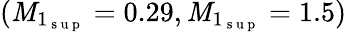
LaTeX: (\mathit{M}_{1_{\mathrm{{~s~u~p~}}}}=0.29,\mathit{M}_{1_{\mathrm{{~s~u~p~}}}}=1.5)